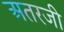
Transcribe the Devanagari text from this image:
अतरजी